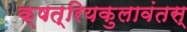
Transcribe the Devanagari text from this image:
क्षत्रियकुलावंतस्